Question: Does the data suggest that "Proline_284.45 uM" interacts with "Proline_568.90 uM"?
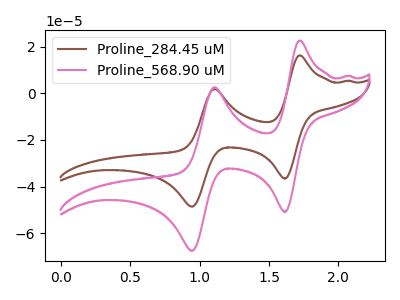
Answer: <think>The brown curve "Proline_284.45 uM" has anodic peaks at (1.70V, 16.25uA) (1.10V, 1.85uA) and cathodic peaks at (1.60V, -36.60uA) (0.95V, -48.55uA). The pink curve "Proline_568.90 uM" has anodic peaks at (1.70V, 22.60uA) (1.10V, 2.60uA) and cathodic peaks at (1.60V, -50.85uA) (0.95V, -67.50uA).
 All the peaks in "Proline_284.45 uM" have a peak in "Proline_568.90 uM" at the same potential. Every peak in "Proline_284.45 uM" is lower than every peak in "Proline_568.90 uM".</think>
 <answer>No, "Proline_284.45 uM" and "Proline_568.90 uM" don't appear to be significantly different in shape</answer>
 <eval>no_change</eval>